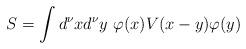
LaTeX: \begin{align*}S=\int d^\nu xd^\nu y~ \varphi(x) V(x-y) \varphi(y)\end{align*}